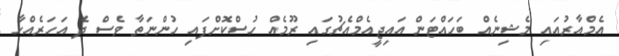
އެމްއާރުއައި މެޝިނެއް ބަހައްޓަން އައިޖީއެމްއެޗުގައި ރޫމެއް ހުސްކޮށްފައި ހުންނަތާ ވެސް ދެ އަހަރެއްހާ